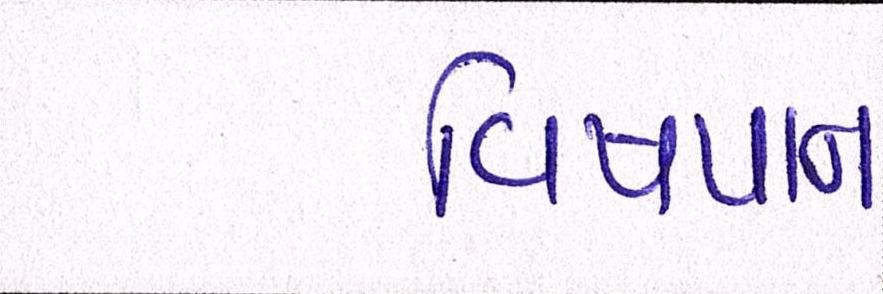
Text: વિષપાન